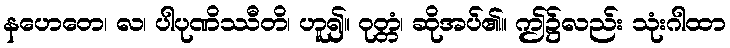
နဟေတေ၊ လ၊ ပါပုဏိဿီတိ၊ ဟူ၍။ ဝုတ္တံ၊ ဆိုအပ်၏။ ဤ၌လည်း သုံးဂါထာ